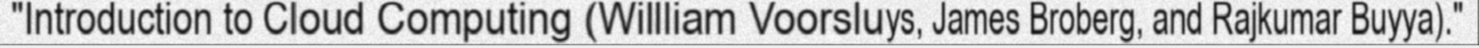
"Introduction to Cloud Computing (Willliam Voorsluys, James Broberg, and Rajkumar Buyya)."